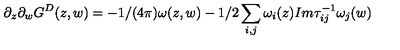
\partial _ { z } \partial _ { w } G ^ { D } ( z , w ) = - 1 / ( 4 \pi ) \omega ( z , w ) - 1 / 2 \sum _ { i , j } \omega _ { i } ( z ) I m \tau _ { i j } ^ { - 1 } \omega _ { j } ( w )